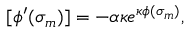
[ \phi ^ { \prime } ( \sigma _ { m } ) ] = - \alpha \kappa e ^ { \kappa \phi ( \sigma _ { m } ) } ,